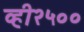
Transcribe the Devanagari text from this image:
व्ही२५००